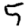
Digit: 5